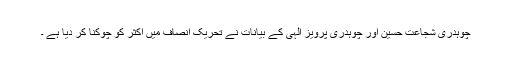
چوہدری شجاعت حسین اور چوہدری پرویز الٰہی کے بیانات نے تحریک انصاف میں اکثر کو چوکنا کر دیا ہے ۔